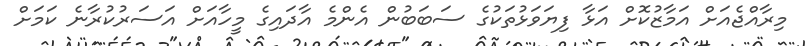
މިރާއްޖެއަށް އަމާޒުކޮށް އަޅާ ފިޔަވަޅުތަކުގެ ސަބަބުން އެންމެ އާދައިގެ މީހާއަށް އަސަރުކުރާނެ ކަމަށް